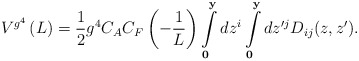
\begin{align*}V^{g^4 } \left( L \right) = \frac{1}{2}g^4 C_A C_F \left( { -\frac{1}{L}} \right) \int\limits_{\bf 0}^{\bf y} {dz^i }\int\limits_{\bf 0}^{\bf y} {dz^{\prime j} } D_{ij}(z,z ^\prime) .\end{align*}